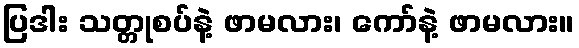
ပြဒါး သတ္တုစပ်နဲ့ ဖာမလား၊ ကော်နဲ့ ဖာမလား။